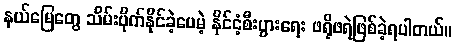
နယ်မြေတွေ သိမ်းပိုက်နိုင်ခဲ့ပေမဲ့ နိုင်ငံ့စီးပွားရေး ဖရိုဖရဲဖြစ်ခဲ့ရပါတယ်။